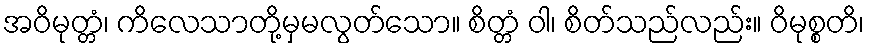
အဝိမုတ္တံ၊ ကိလေသာတို့မှမလွတ်သော။ စိတ္တံ ဝါ၊ စိတ်သည်လည်း။ ဝိမုစ္စတိ၊